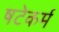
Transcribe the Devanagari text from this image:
षटेकर्म